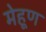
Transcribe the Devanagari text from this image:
मेहूण